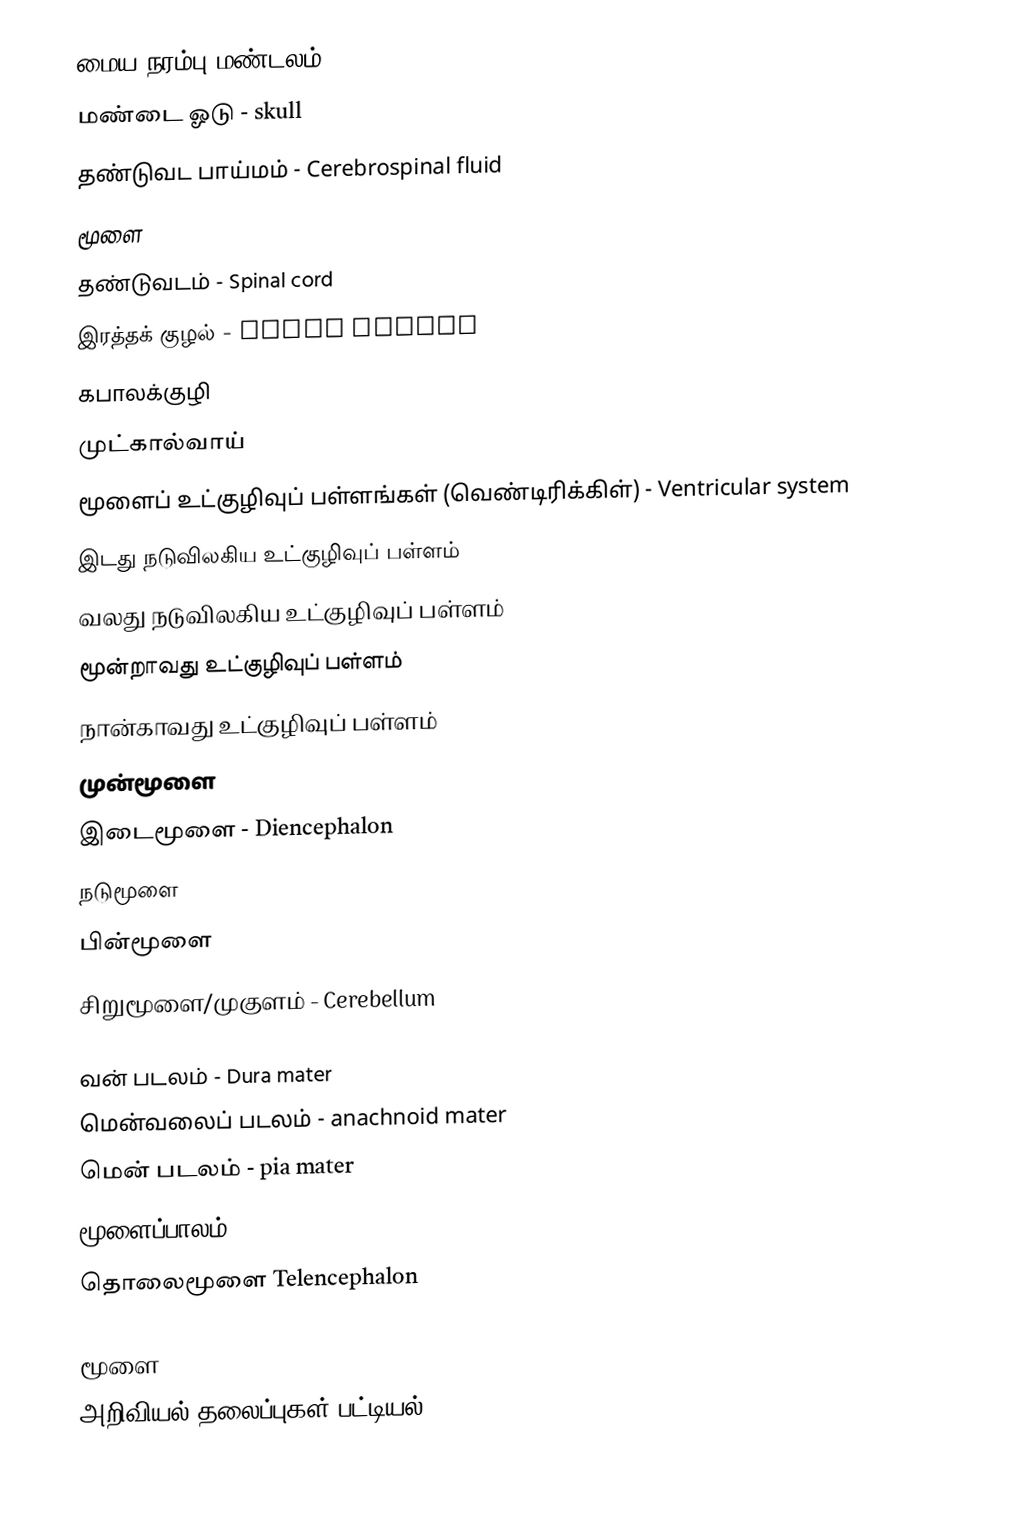
மைய நரம்பு மண்டலம் -  Central nervous system
 மண்டை ஓடு - skull
 தண்டுவட பாய்மம் - Cerebrospinal fluid
 மூளை
 தண்டுவடம் - Spinal cord
 இரத்தக் குழல் - Blood vessel
 கபாலக்குழி
 முட்கால்வாய்
 மூளைப் உட்குழிவுப் பள்ளங்கள் (வெண்டிரிக்கிள்) - Ventricular system
 இடது நடுவிலகிய உட்குழிவுப் பள்ளம்
 வலது நடுவிலகிய உட்குழிவுப் பள்ளம்
 மூன்றாவது உட்குழிவுப் பள்ளம்
 நான்காவது உட்குழிவுப் பள்ளம்
 முன்மூளை
 இடைமூளை - Diencephalon
 நடுமூளை
 பின்மூளை
 சிறுமூளை/முகுளம் - Cerebellum

 வன் படலம் - Dura mater
 மென்வலைப் படலம் - anachnoid mater
 மென் படலம் - pia mater
 மூளைப்பாலம் - pons
 தொலைமூளை Telencephalon

மூளை
அறிவியல் தலைப்புகள் பட்டியல்